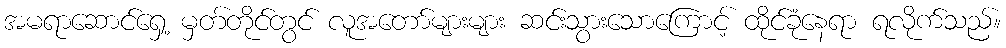
အမရာဆောင်ရှေ့ မှတ်တိုင်တွင် လူအတော်များများ ဆင်းသွားသောကြောင့် ထိုင်ခုံနေရာ ရလိုက်သည်။